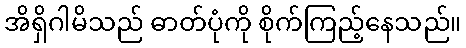
အိရှိဂါမိသည် ဓာတ်ပုံကို စိုက်ကြည့်နေသည်။